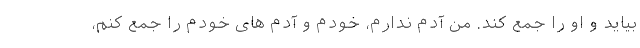
بیاید و او را جمع کند. من آدم ندارم، خودم و آدم های خودم را جمع کنم،